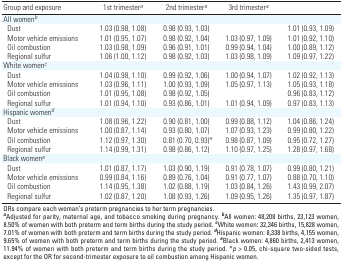
<table><thead><tr><td><b>Group and exposure</b></td><td><b>1st trimester<sup><i>a</i></sup></b></td><td><b>2nd trimester<sup><i>a</i></sup></b></td><td><b>3rd trimester<sup><i>a</i></sup></b></td><td>[EMPTY_CELL]</td></tr></thead><tbody><tr><td><b>All women<sup><i>b</i></sup></b></td></tr><tr><td><b>Dust</b></td><td>1.03 (0.98, 1.08)</td><td>0.98 (0.93, 1.03)</td><td>[EMPTY_CELL]</td><td>1.01 (0.93, 1.09)</td></tr><tr><td><b>Motor vehicle emissions</b></td><td>1.01 (0.95, 1.07)</td><td>0.98 (0.92, 1.04)</td><td>1.03 (0.97, 1.09)</td><td>1.01 (0.92, 1.10)</td></tr><tr><td><b>Oil combustion</b></td><td>1.03 (0.98, 1.09)</td><td>0.96 (0.91, 1.01)</td><td>0.99 (0.94, 1.04)</td><td>1.00 (0.89, 1.12)</td></tr><tr><td><b>Regional sulfur</b></td><td>1.06 (1.00, 1.12)</td><td>0.98 (0.92, 1.03)</td><td>1.03 (0.98, 1.09)</td><td>1.09 (0.97, 1.22)</td></tr><tr><td><b>White women<sup><i>c</i></sup></b></td></tr><tr><td><b>Dust</b></td><td>1.04 (0.98, 1.10)</td><td>0.99 (0.92, 1.06)</td><td>1.00 (0.94, 1.07)</td><td>1.02 (0.92, 1.13)</td></tr><tr><td><b>Motor vehicle emissions</b></td><td>1.03 (0.96, 1.11)</td><td>1.00 (0.93, 1.09)</td><td>1.05 (0.97, 1.13)</td><td>1.05 (0.93, 1.18)</td></tr><tr><td><b>Oil combustion</b></td><td>1.01 (0.95, 1.08)</td><td>0.98 (0.92, 1.05)</td><td>[EMPTY_CELL]</td><td>0.96 (0.83, 1.12)</td></tr><tr><td><b>Regional sulfur</b></td><td>1.01 (0.94, 1.10)</td><td>0.93 (0.86, 1.01)</td><td>1.01 (0.94, 1.09)</td><td>0.97 (0.83, 1.13)</td></tr><tr><td><b>Hispanic women<sup><i>d</i></sup></b></td></tr><tr><td><b>Dust</b></td><td>1.08 (0.96, 1.22)</td><td>0.90 (0.81, 1.00)</td><td>0.99 (0.88, 1.12)</td><td>1.04 (0.86, 1.24)</td></tr><tr><td><b>Motor vehicle emissions</b></td><td>1.00 (0.87, 1.14)</td><td>0.93 (0.80, 1.07)</td><td>1.07 (0.93, 1.23)</td><td>0.99 (0.80, 1.22)</td></tr><tr><td><b>Oil combustion</b></td><td>1.12 (0.97, 1.30)</td><td> 0.81 (0.70, 0.93)*</td><td>0.98 (0.87, 1.09)</td><td>0.95 (0.72, 1.27)</td></tr><tr><td><b>Regional sulfur</b></td><td>1.14 (0.99, 1.31)</td><td>0.98 (0.86, 1.12)</td><td>1.10 (0.97, 1.25)</td><td>1.28 (0.97, 1.68)</td></tr><tr><td><b>Black women<sup><i>e</i></sup></b></td></tr><tr><td><b>Dust</b></td><td>1.01 (0.87, 1.17)</td><td>1.03 (0.90, 1.19)</td><td>0.91 (0.78, 1.07)</td><td>0.99 (0.80, 1.21)</td></tr><tr><td><b>Motor vehicle emissions</b></td><td>0.99 (0.84, 1.16)</td><td>0.89 (0.76, 1.04)</td><td>0.91 (0.77, 1.07)</td><td>0.88 (0.70, 1.10)</td></tr><tr><td><b>Oil combustion</b></td><td>1.14 (0.95, 1.38)</td><td>1.02 (0.88, 1.19)</td><td>1.03 (0.84, 1.26)</td><td>1.43 (0.99, 2.07)</td></tr><tr><td><b>Regional sulfur</b></td><td>1.02 (0.87, 1.20)</td><td>1.08 (0.93, 1.26)</td><td>1.09 (0.95, 1.26)</td><td>1.35 (0.97, 1.87)</td></tr><tr><td colspan="5">ORs compare each woman’s preterm pregnancies to her term pregnancies. <sup><i><b>a</b></i></sup>Adjusted for parity, maternal age, and tobacco smoking during pregnancy. <sup><i><b>b</b></i></sup>All women: 48,208 births, 23,123 women, 8.50% of women with both preterm and term births during the study period. <sup><i><b>c</b></i></sup>White women: 32,346 births, 15,828 women, 7.01% of women with both preterm and term births during the study period. <sup><i><b>d</b></i></sup>Hispanic women: 8,338 births, 4,155 women, 9.65% of women with both preterm and term births during the study period. <sup><i><b>e</b></i></sup>Black women: 4,860 births, 2,413 women, 11.94% of women with both preterm and term births during the study period. *<i>p</i> &gt; 0.05, chi-square two-sided tests, except for the OR for second-trimester exposure to oil combustion among Hispanic women.</td></tr></tbody></table>